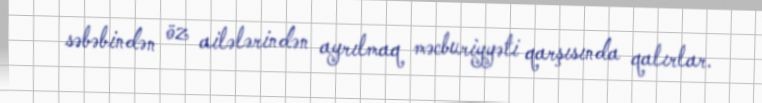
səbəbindən öz ailələrindən ayrılmaq məcburiyyəti qarşısında qalırlar.